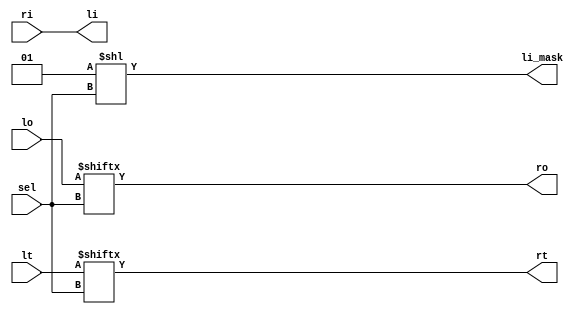
`timescale 1ns / 1ps
module mux #
(
    parameter C_NUM_OF_PIN = 16
) (
    input [C_NUM_OF_PIN-1:0] lo,
    input [C_NUM_OF_PIN-1:0] lt,
    output li,
    output li_mask,

    input ri,
    output ro,
    output rt,

    input [3:0] sel
);

assign li = ri;
assign li_mask = 1 << sel;

assign ro = lo[sel];
assign rt = lt[sel];

    
endmodule